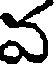
వ